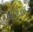
ઍસિડકારક